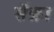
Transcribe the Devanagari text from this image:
सॅक्रा